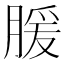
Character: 䐘